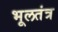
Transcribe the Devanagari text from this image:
भूलतंत्र